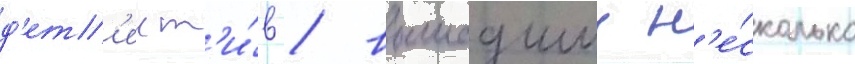
д'ет'ект'и́в / вышедшии н'е́сколько